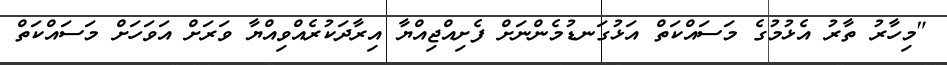
"މިހާރު ތާރު އެޅުމުގެ މަސައްކަތް އަޅުގަނޑުމެންނަށް ފެށިއްޖިއްޔާ އިރާދަކުރެއްވިއްޔާ ވަރަށް އަވަހަށް މަސައްކަތް